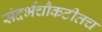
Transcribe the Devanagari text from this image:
संदर्भचौकटीतच